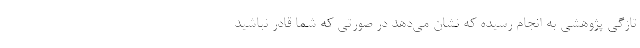
تازگی پژوهشی به انجام رسیده که نشان می‌دهد در صورتی که شما قادر نباشید